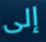
إلى